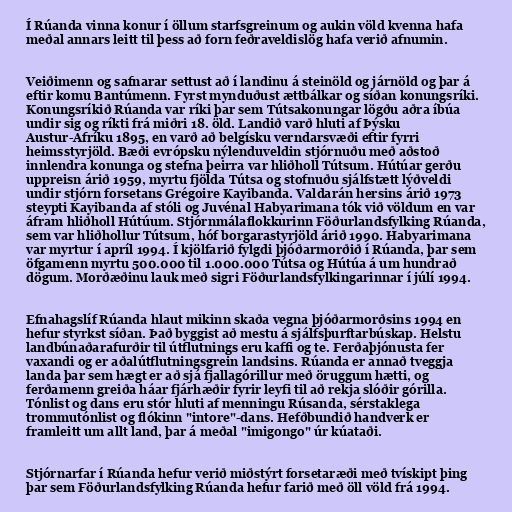
Í Rúanda vinna konur í öllum starfsgreinum og aukin völd kvenna hafa
meðal annars leitt til þess að forn feðraveldislög hafa verið afnumin.

Veiðimenn og safnarar settust að í landinu á steinöld og járnöld og þar á
eftir komu Bantúmenn. Fyrst mynduðust ættbálkar og síðan konungsríki.
Konungsríkið Rúanda var ríki þar sem Tútsakonungar lögðu aðra íbúa
undir sig og ríkti frá miðri 18. öld. Landið varð hluti af Þýsku
Austur-Afríku 1895, en varð að belgísku verndarsvæði eftir fyrri
heimsstyrjöld. Bæði evrópsku nýlenduveldin stjórnuðu með aðstoð
innlendra konunga og stefna þeirra var hliðholl Tútsum. Hútúar gerðu
uppreisn árið 1959, myrtu fjölda Tútsa og stofnuðu sjálfstætt lýðveldi
undir stjórn forsetans Grégoire Kayibanda. Valdarán hersins árið 1973
steypti Kayibanda af stóli og Juvénal Habyarimana tók við völdum en var
áfram hliðholl Hútúum. Stjórnmálaflokkurinn Föðurlandsfylking Rúanda,
sem var hliðhollur Tútsum, hóf borgarastyrjöld árið 1990. Habyarimana
var myrtur í apríl 1994. Í kjölfarið fylgdi þjóðarmorðið í Rúanda, þar sem
öfgamenn myrtu 500.000 til 1.000.000 Tútsa og Hútúa á um hundrað
dögum. Morðæðinu lauk með sigri Föðurlandsfylkingarinnar í júlí 1994.

Efnahagslíf Rúanda hlaut mikinn skaða vegna þjóðarmorðsins 1994 en
hefur styrkst síðan. Það byggist að mestu á sjálfsþurftarbúskap. Helstu
landbúnaðarafurðir til útflutnings eru kaffi og te. Ferðaþjónusta fer
vaxandi og er aðalútflutningsgrein landsins. Rúanda er annað tveggja
landa þar sem hægt er að sjá fjallagórillur með öruggum hætti, og
ferðamenn greiða háar fjárhæðir fyrir leyfi til að rekja slóðir górilla.
Tónlist og dans eru stór hluti af menningu Rúsanda, sérstaklega
trommutónlist og flókinn "intore"-dans. Hefðbundið handverk er
framleitt um allt land, þar á meðal "imigongo" úr kúataði.

Stjórnarfar í Rúanda hefur verið miðstýrt forsetaræði með tvískipt þing
þar sem Föðurlandsfylking Rúanda hefur farið með öll völd frá 1994.